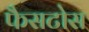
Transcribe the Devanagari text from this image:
फैसटोस